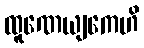
ထူဏေယျကေဟိ